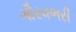
ગૌરવભરી